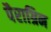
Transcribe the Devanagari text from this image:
पैराग्रिन